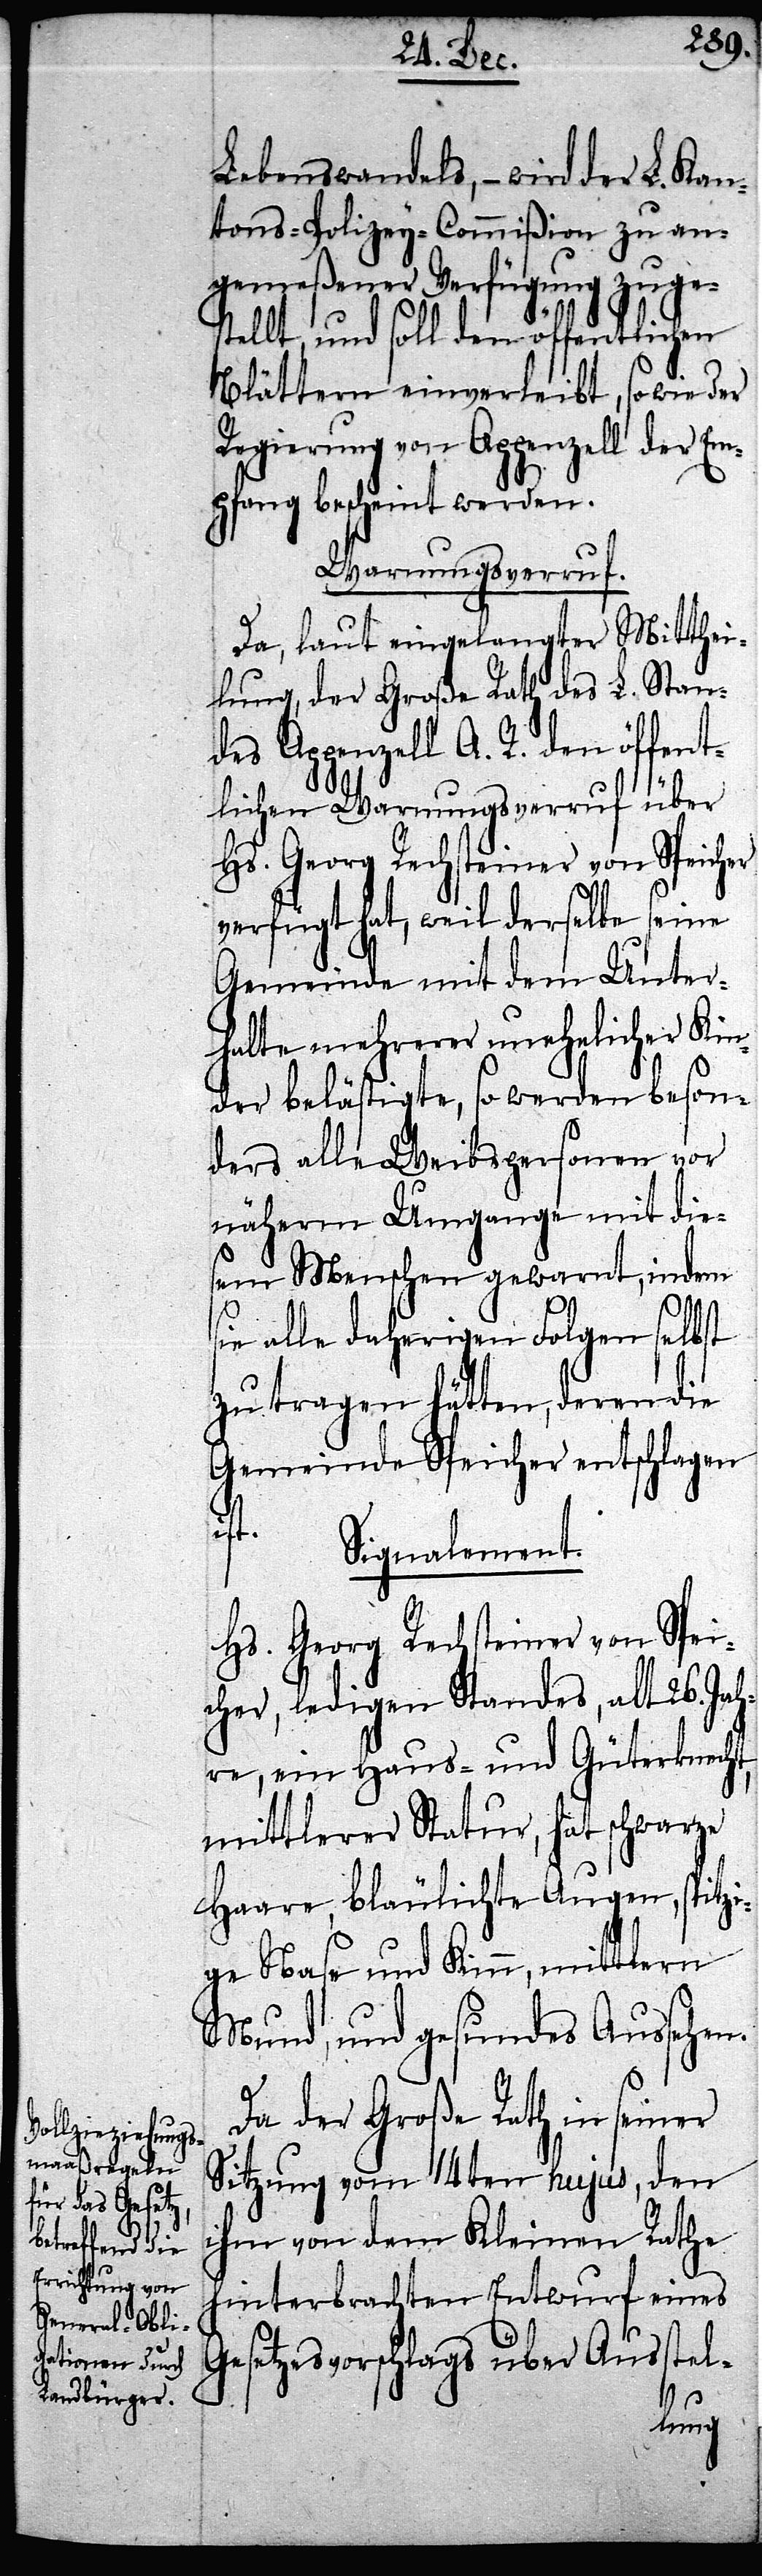
Lebenswandels, – wird der L. Kan¬
tons-Polizey-Commißion zu an¬
gemeßener Verfügung zuges¬
tellt, und soll den öffentlichen
so wie der
Blättern einverleibt,
der Em¬
Regierung von Appenzell
pfang bescheint werden.
Warnungsverruf.
Da, laut eingelangter Mitthei¬
lung, der Große Rath des L. Stan¬
des Appenzell A. R. den öffent¬
lichen Warnungsverruf über
Hs. Georg Rechsteiner von Speicher
verfügt hat, weil derselbe seine
Gemeinde mit dem Unter¬
halte mehrerer unehelicher Kin¬
der belästigte, so werden beson¬
ders alle Weibspersonen, vor
näherm Umgange mit die¬
sem Menschen gewarnt, indem
ie alle daherigen Folgen selbst
zu tragen hätten, deren die
Gemeinde Speicher entschlagen
ist.
Signalement.
Hs. Georg Rechsteiner von Spei¬
cher, ledigen Standes, alt 26. Jah¬
re, ein Haus- und Güterknecht,
mittlerer Statur, hat schwarze
Haare, bläulichte Augen, spitzi¬
ge Nase und Kinn, mittlern
Mund, und gesundes Aussehen.
Da der Große Rath in seiner
Sitzung vom 14ten hujus, den
ihm von dem Kleinen Rathe
hinterbrachten Entwurf eines
Gesetzesvorschlags über Ausstel-